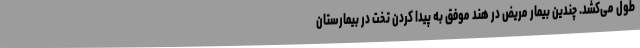
طول می‌کشد. چندین بیمار مریض در هند موفق به پیدا کردن تخت در بیمارستان